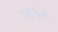
બકર